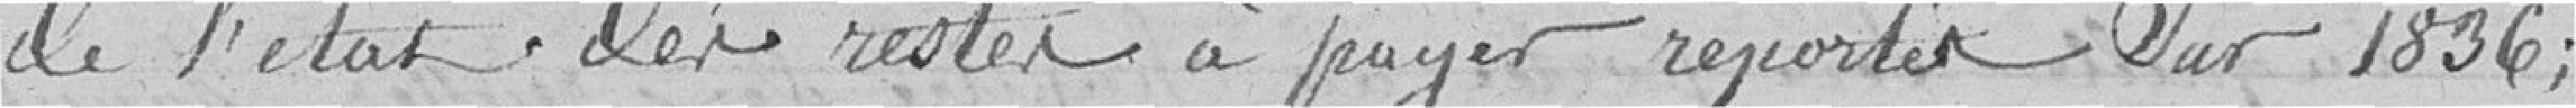
de l'état des restes à payer reportés sur 1836 ;